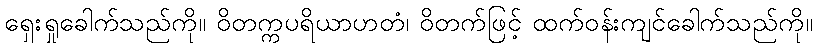
ရှေးရှုခေါက်သည်ကို။ ဝိတက္ကပရိယာဟတံ၊ ဝိတက်ဖြင့် ထက်ဝန်းကျင်ခေါက်သည်ကို။